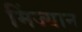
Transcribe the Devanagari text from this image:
मिंज्यान